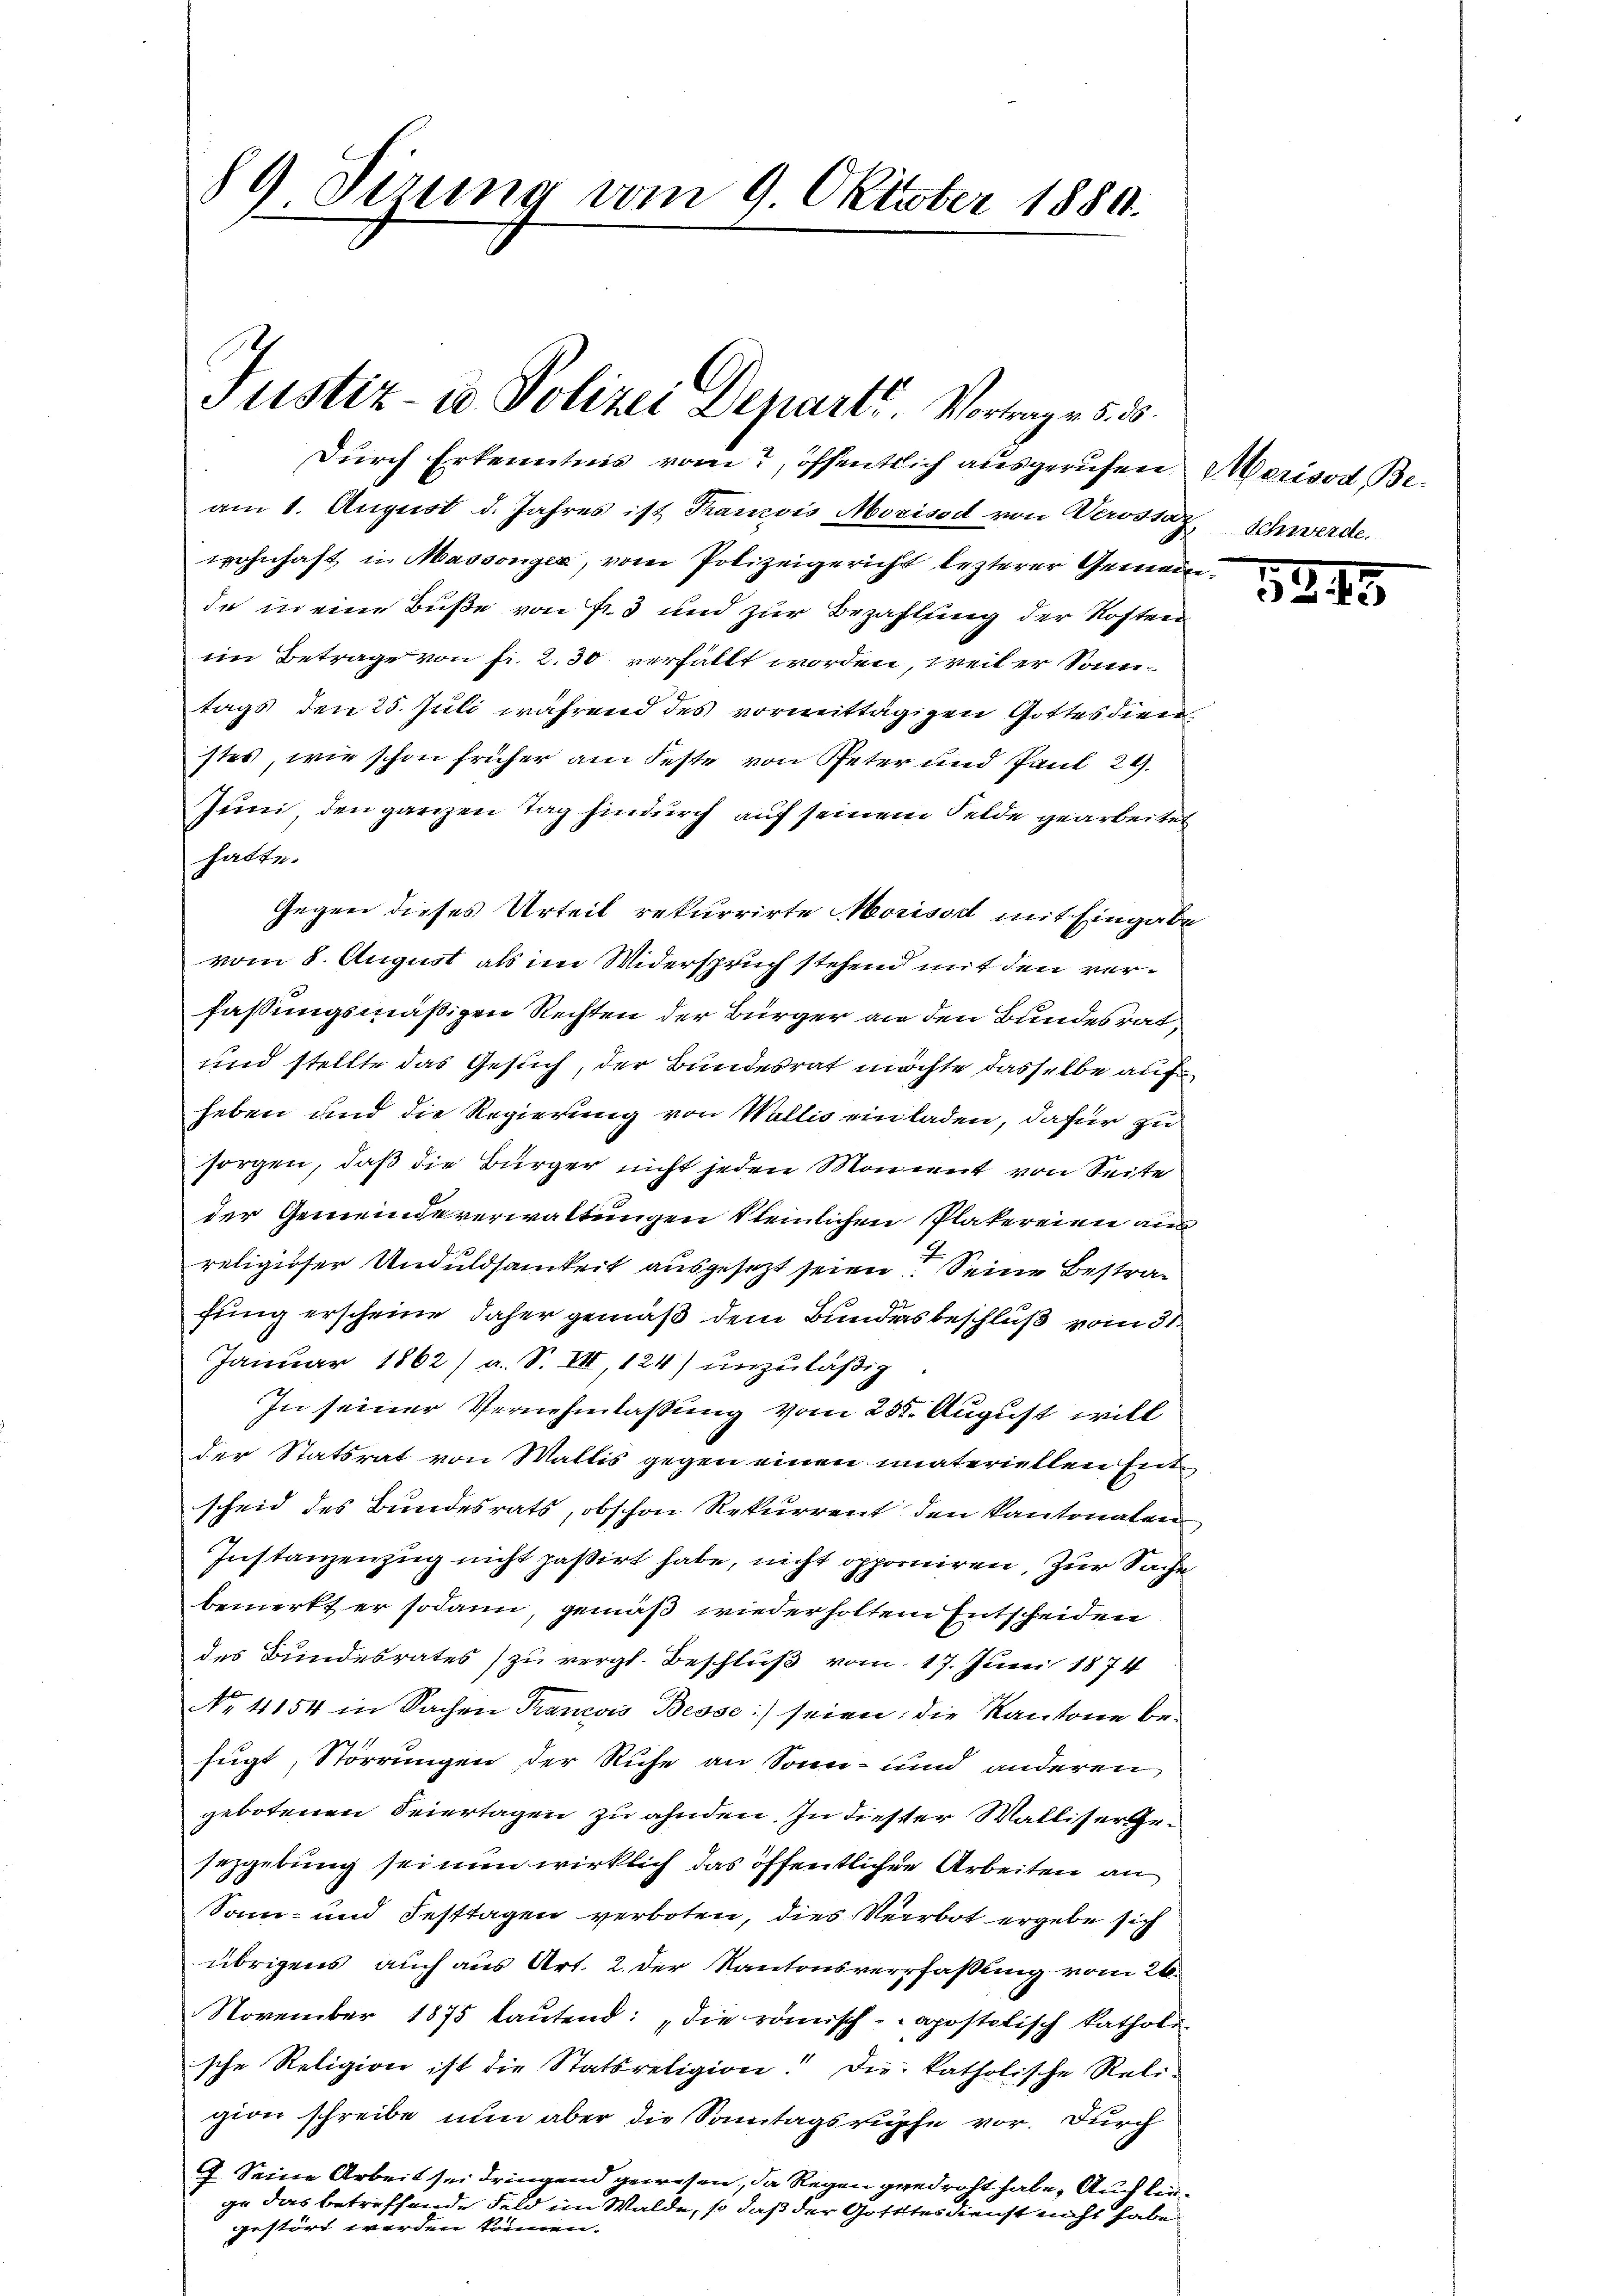
89 Sizung vom 9. Oktober 1889.

Justiz- & Polizei Departe Vortrage 5. 15.

Dŭrch Erkenntnis vom öffentlich ausgerufen, Morisod Be-
am 1. August d. Jahres ist Francois Mozisod von Verstag, Schwerde.
wohnhaft in Massonger, vom Polizeigericht lezterer Gemeinde in eine Buße von fr. 3 und zur Bezahlung der Kosten
im Betrage von fr. 2. 30 verfällt worden, weil er Sonntags den 25. Juli während des vormittägigen Gottesdienstes, wie schon früher am Feste von Peter und Paul 24.
Juni, den ganzen Tag hindurch auf seinem Felde gearbeitet
hatte.
Gegen dieses Urteil rekurrirte Morisod mit Eingabe
vom 8. August als im Widerspruch stehend mit den verfaßungsmäßigen Rechten der Bürger an den Bundesrat
und stellte das Gesuch, der Bundesrat möchte dasselbe auf
heben und die Regierung von Wallis einladen, dafür zu
sorgen, daß die Bürger nicht jeden Moment von Seite
der Gemeindeverwaltungen Steinlichen Platereien aus
religioser Unduldsamkeit ausgesezt seien? Seine Bestrafung erscheine daher gemäß dem Bundesbeschluß vom 31.
Januar 1862) a. S. VII, 124) unzuläßig
In seiner Vernehmlassung vom 23. August will
der Statsrat von Wallis gegen einen materiellen Entscheid des Bundesrats, obschon Rekurrent den kantonalen
Instanzenzug nicht paßirt habe, nicht opponiren, zur Sache
bemerkt er sodann, gemäß wiederholten Entscheiden
des Bundesrates) zu vergl. Beschluß vom 17. Juni 1874
No 4154 in Sachen Trancois Besse) seien; die Kantone befugt, Störrungen der Ruhe an Sonn- und anderen
gebotenen Feiertagen zu ahnden. In diester Walliser Gesezgebung sei nun wirklich das öffentlichen Arbeiten an
Sonn- und Festtagen verboten, dies Verbot ergebe sich
übrigens auch aus Art. 2. der Kantonsverfassung vom 26.
November 1875 lautend: „die römisch-apostolisch katholi
sche Religion ist die Statsreligion! Die katholische Reli-
gion schreibe nun aber die Sonntagsruhe vor. Durch
7. Seine Arbeit sei dringend gewesen, da Regen gedroht habe. Auch linge das betreffende Feld im Walde, so daß der Gotttesdienst nicht habe
gestört werden können.

5347